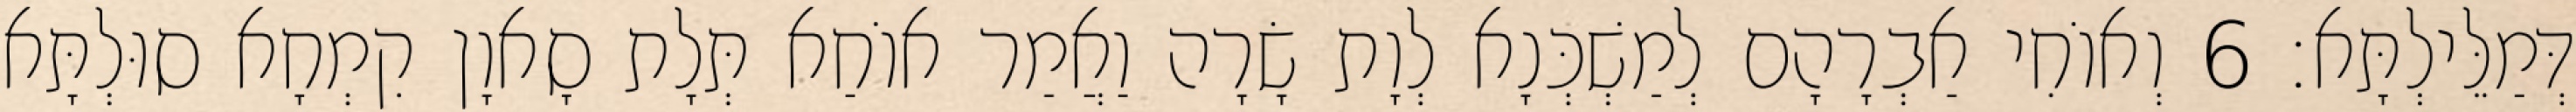
דְּמַלֵּילְתָּא׃ 6 וְאוֹחִי אַבְרָהָם לְמַשְׁכְּנָא לְוָת שָׂרָה וַאֲמַר אוֹחַא תְּלָת סָאוָן קִמְחָא סוּלְתָּא